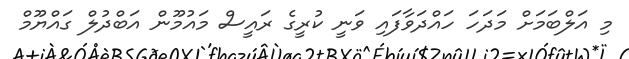
މި އަލްބަމަށް މަދަހަ ހައްދަވާފައި ވަނީ ކުރީގެ ރައީސް މައުމޫން އަބްދުލް ގައްޔޫމް